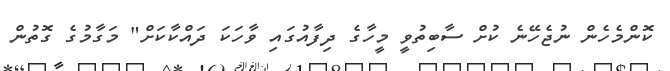
ކޮންމެހެން ނުޖެހޭނެ ކުށް ސާބިތުވީ މީހާގެ ދިފާއުގައި ވާހަކަ ދައްކާކަށް" މަގާމުގެ ގޮތުން